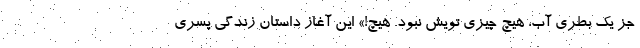
جز یک بطری آب، هیچ چیزی تویش نبود. هیچ!» این آغاز داستان زندگی پسری